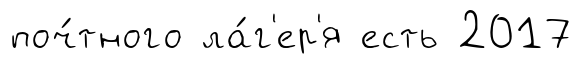
поч́тного ла́г'ер'я есть 2017